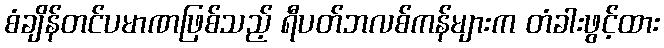
စံချိန်တင်ပမာဏဖြစ်သည့် ရီပတ်ဘလစ်ကန်များက တံခါးဖွင့်ထား